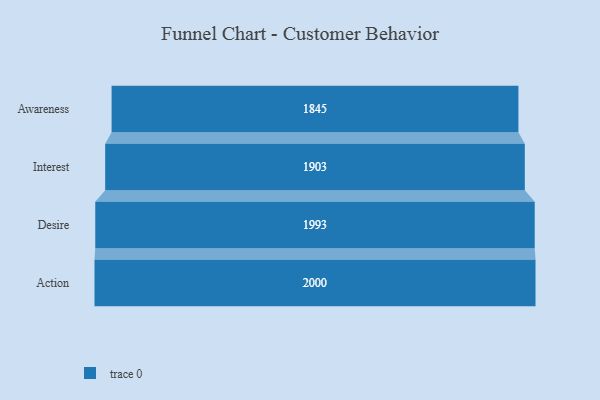
{"axis": {"x": "Stage", "y": "Value"}, "legend": [""], "data": [{"x": "Awareness", "y": 1845.0, "type": ""}, {"x": "Interest", "y": 1903.0, "type": ""}, {"x": "Desire", "y": 1993.0, "type": ""}, {"x": "Action", "y": 2000, "type": ""}]}